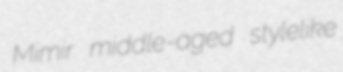
Mimir middle-aged stylelike